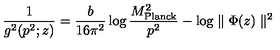
{ \frac { 1 } { g ^ { 2 } ( p ^ { 2 } ; z ) } } = { \frac { b } { 1 6 \pi ^ { 2 } } } \log { \frac { M _ { \mathrm { P l a n c k } } ^ { 2 } } { p ^ { 2 } } } - \log \parallel \Phi ( z ) \parallel ^ { 2 }